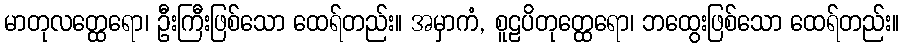
မာတုလတ္ထေရော၊ ဦးကြီးဖြစ်သော ထေရ်တည်း။ အမှာကံ, စူဠပိတုတ္ထေရော၊ ဘထွေးဖြစ်သော ထေရ်တည်း။